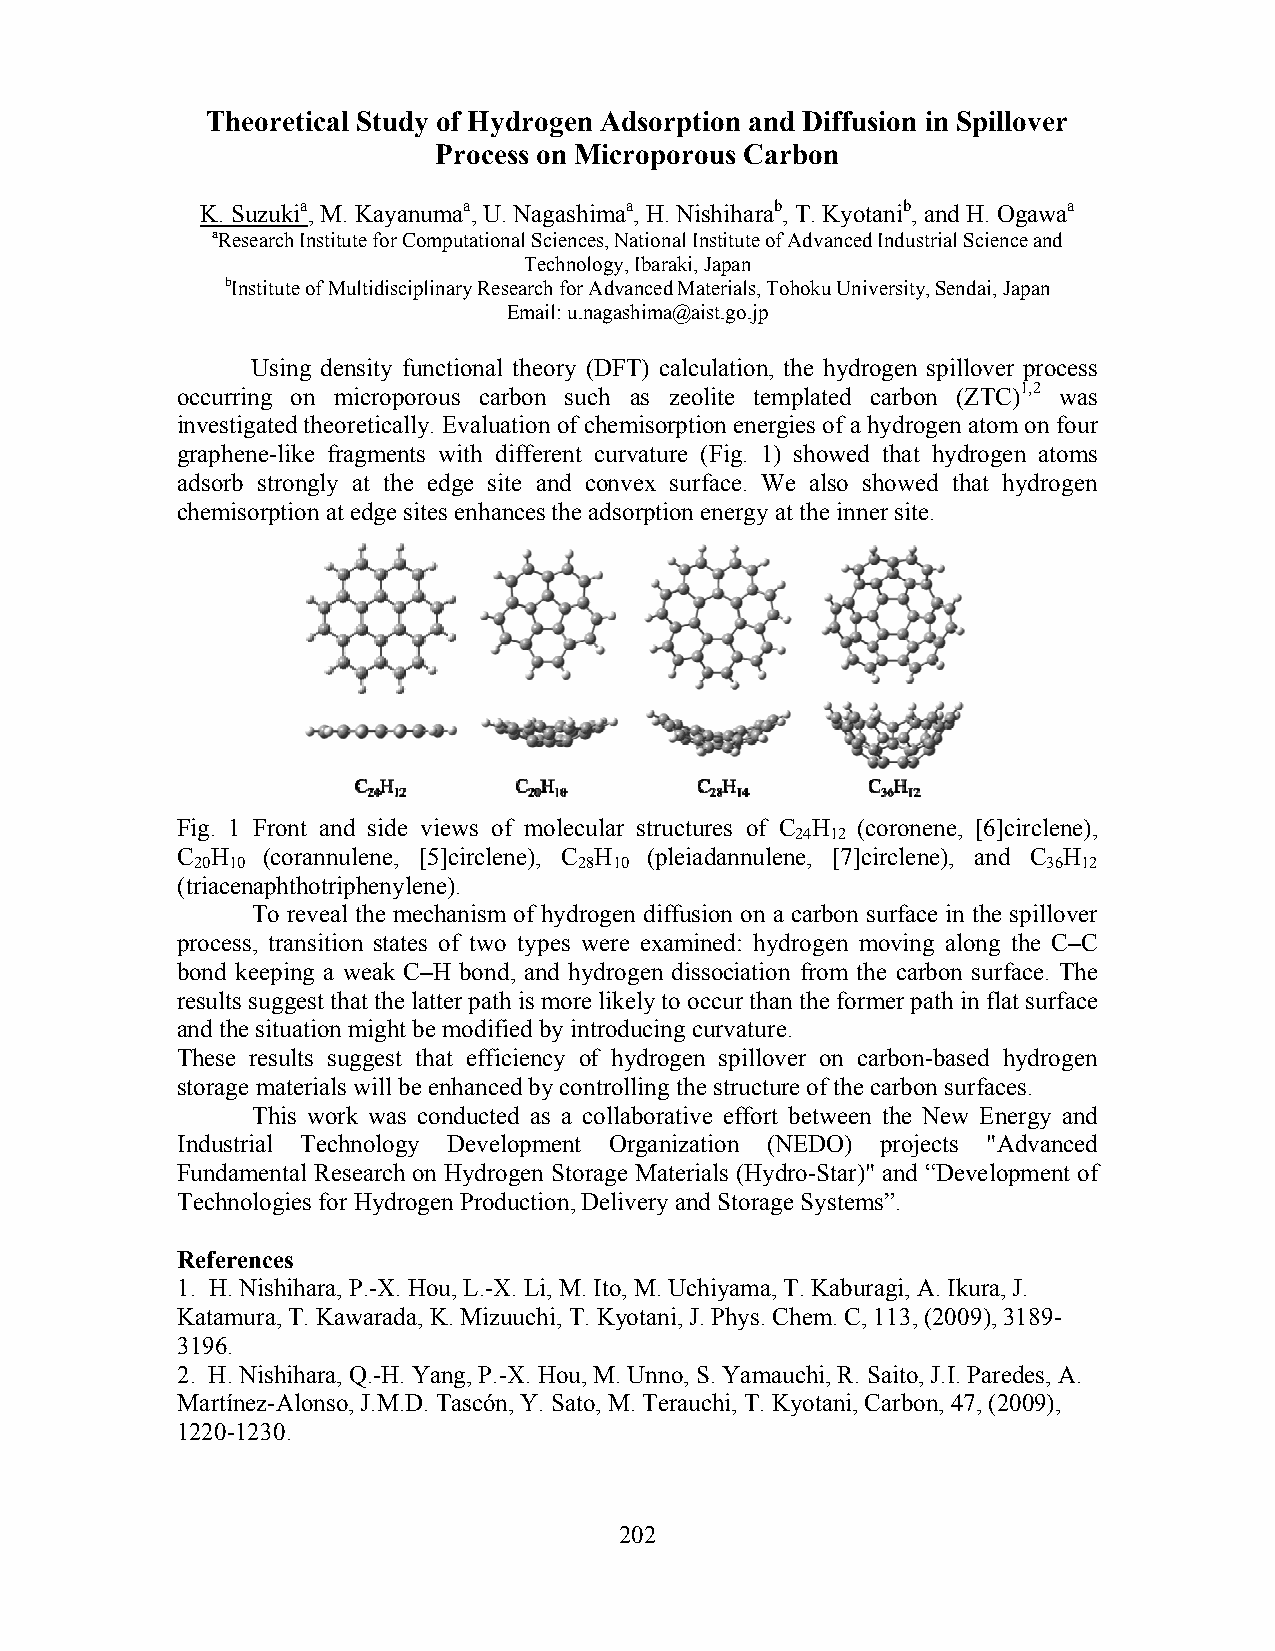
Theoretical Study of Hydrogen Adsorption and Diffusion in Spillover
 Process on Microporous Carbon
 K. Suzukia, M. Kayanumaa, U. Nagashimaa, H. Nishiharab, T. Kyotanib, and H. Ogawaa
 aResearch Institute for Computational Sciences, National Institute of Advanced Industrial Science and
 Technology, Ibaraki, Japan
 bInstitute of Multidisciplinary Research for Advanced Materials, Tohoku University, Sendai, Japan
 Email: u.nagashima@aist.go.jp
 Using density functional theory (DFT) calculation, the hydrogen spillover process
 occurring on microporous carbon such as zeolite templated carbon (ZTC)1,2 was
 investigated theoretically. Evaluation of chemisorption energies of a hydrogen atom on four
 graphene-like fragments with different curvature (Fig. 1) showed that hydrogen atoms
 adsorb strongly at the edge site and convex surface. We also showed that hydrogen
 chemisorption at edge sites enhances the adsorption energy at the inner site.
 Fig. 1 Front and side views of molecular structures of C H (coronene, [6]circlene),
 24 12
 C H  (corannulene, [5]circlene), C H (pleiadannulene, [7]circlene), and C H
 20 10                    28 10                          36 12
 (triacenaphthotriphenylene).
 To reveal the mechanism of hydrogen diffusion on a carbon surface in the spillover
 process, transition states of two types were examined: hydrogen moving along the C–C
 bond keeping a weak C–H bond, and hydrogen dissociation from the carbon surface. The
 results suggest that the latter path is more likely to occur than the former path in flat surface
 and the situation might be modified by introducing curvature.
 These results suggest that efficiency of hydrogen spillover on carbon-based hydrogen
 storage materials will be enhanced by controlling the structure of the carbon surfaces.
 This work was conducted as a collaborative effort between the New Energy and
 Industrial Technology Development Organization (NEDO) projects "Advanced
 Fundamental Research on Hydrogen Storage Materials (Hydro-Star)" and “Development of
 Technologies for Hydrogen Production, Delivery and Storage Systems”.
 References
 1. H. Nishihara, P.-X. Hou, L.-X. Li, M. Ito, M. Uchiyama, T. Kaburagi, A. Ikura, J.
 Katamura, T. Kawarada, K. Mizuuchi, T. Kyotani, J. Phys. Chem. C, 113, (2009), 3189-
 3196.
 2. H. Nishihara, Q.-H. Yang, P.-X. Hou, M. Unno, S. Yamauchi, R. Saito, J.I. Paredes, A.
 Martínez-Alonso, J.M.D. Tascón, Y. Sato, M. Terauchi, T. Kyotani, Carbon, 47, (2009),
 1220-1230.
 202